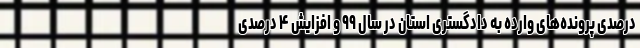
درصدی پرونده‌های وارده به دادگستری استان در سال ۹۹ و افزایش ۴ درصدی